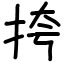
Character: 挎